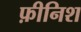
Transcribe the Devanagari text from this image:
फ़ीनिश